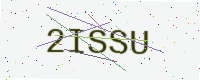
Text: 2ISSU